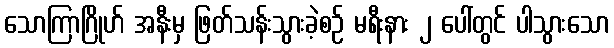
သောကြာဂြိုဟ် အနီးမှ ဖြတ်သန်းသွားခဲ့စဉ် မရီးနား ၂ ပေါ်တွင် ပါသွားသော